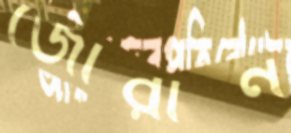
জোরান